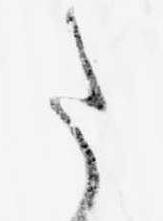
た